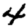
Digit: 4